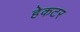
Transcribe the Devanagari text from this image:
हेकटर